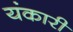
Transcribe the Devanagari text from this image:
यंकारी